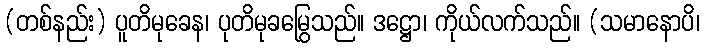
(တစ်နည်း) ပူတိမုခေန၊ ပုတိမုခမြွေသည်။ ဒဋ္ဌော၊ ကိုယ်လက်သည်။ (သမာနောပိ၊